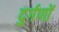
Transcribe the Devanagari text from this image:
दुर्गणों